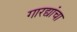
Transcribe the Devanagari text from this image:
गारद्यांचा